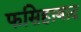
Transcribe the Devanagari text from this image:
फसिहाबाद